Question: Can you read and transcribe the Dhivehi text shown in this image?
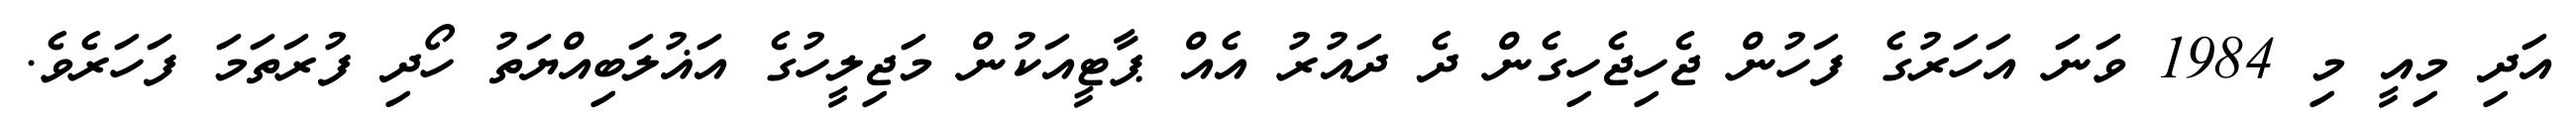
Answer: އަދި މިއީ މި 1984 ވަނަ އަހަރުގެ ފަހުން ޖެހިޖެހިގެން ދެ ދައުރު އެއް ޕާޓީއަކުން މަޖިލީހުގެ އަޣުލަބިއްޔަތު ހޯދި ފުރަތަމަ ފަހަރެވެ.